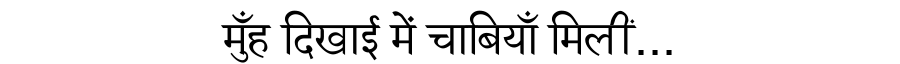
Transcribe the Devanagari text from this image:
मुँह दिखाई में चाबियाँ मिलीं...